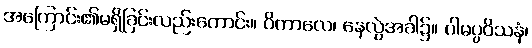
အကြောင်း၏မရှိခြင်းလည်းကောင်း။ ဝိကာလေ၊ နေလွဲအခါ၌။ ဂါမပ္ပဝိသနံ၊